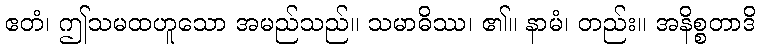
ဧတံ၊ ဤသမထဟူသော အမည်သည်။ သမာဓိဿ၊ ၏။ နာမံ၊ တည်း။ အနိစ္စတာဒိ